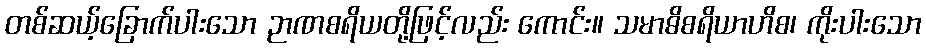
တစ်ဆယ့်ခြောက်ပါးသော ဉာဏစရိယတို့ဖြင့်လည်း ကောင်း။ သမာဓိစရိယာဟိစ၊ ကိုးပါးသော